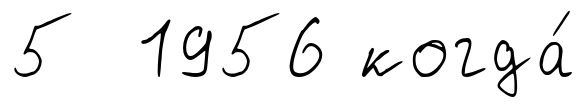
5 1956 когда́